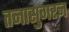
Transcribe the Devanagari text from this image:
तनासुगरन